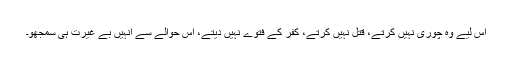
اس لیے وہ چوری نہیں کرتے، قتل نہیں کرتے، کفر کے فتوے نہیں دیتے، اس حوالے سے انہیں بے غیرت ہی سمجھو۔